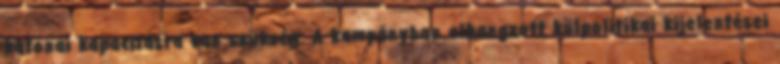
katonai kapacitásra van szükség. A kampányban elhangzott külpolitikai kijelentései